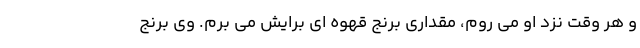
و هر وقت نزد او می روم، مقداری برنج قهوه ای برایش می برم. وی برنج